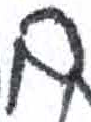
אות: ם